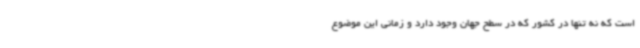
است که نه تنها در کشور که در سطح جهان وجود دارد و زمانی این موضوع